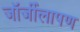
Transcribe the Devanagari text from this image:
जॉर्जीलापण